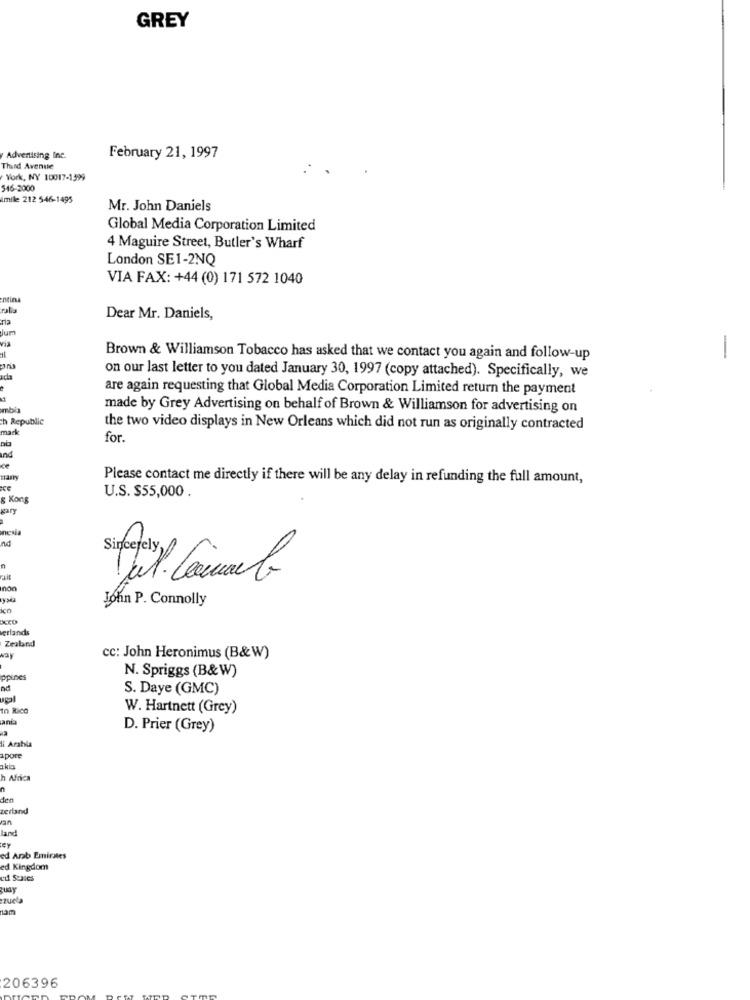
GREY
Advertising Inc.
February 21, 1997
Third Avenue
York, NY 10017-1399
546-2000
mille 212 546-1495
Mr. John Daniels
Global Media Corporation Limited
4 Maguire Street, Butler's Wharf
London SE1-2NQ
VIA FAX: +44 (0) 171 572 1040
ptina
ria
Dear Mr. Daniels,
Jum
via
Brown & Williamson Tobacco has asked that we contact you again and follow-up
-
adla
on our last letter to you dated January 30, 1997 (copy attached). Specifically, we
are again requesting that Global Media Corporation Limited return the payment
mbia
made by Grey Advertising on behalf of Brown & Williamson for advertising on
h Republic
mark
the two video displays in New Orleans which did not run as originally contracted
for.
Ind
ce
many
Please contact me directly if there will be any delay in refunding the full amount,
PCE
& Kons
U.S. $55,000 .
gary
nesia
nd
Sincerely
John P. Connolly
ico
erlands
Zealand
CC: John Heronimus (B&W)
N. Spriggs (B&W)
ppines
nd
S. Daye (GMC)
to Rico
W. Hartnett (Grey)
anta
D. Prier (Grey)
li Arabla
apore
h Africa
n
zerland
an
land
ed Arab Emirates
ed Kingdom
til Scases
zuLy
zueta
nam
206396